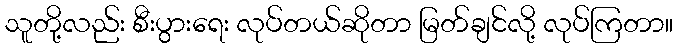
သူတို့လည်း စီးပွားရေး လုပ်တယ်ဆိုတာ မြတ်ချင်လို့ လုပ်ကြတာ။